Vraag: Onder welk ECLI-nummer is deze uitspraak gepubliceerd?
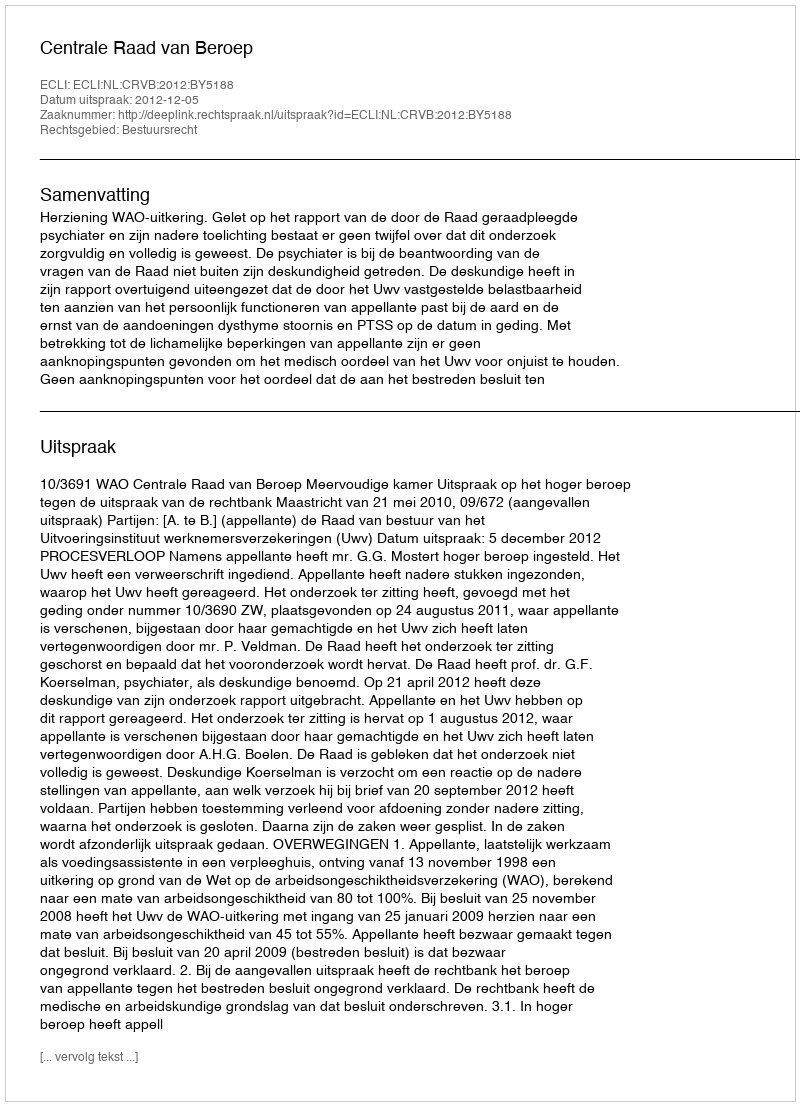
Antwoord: ECLI:NL:CRVB:2012:BY5188